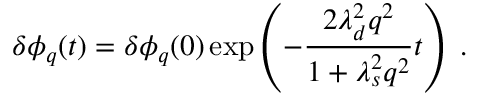
\delta \phi _ { q } ( t ) = \delta \phi _ { q } ( 0 ) \exp \left( - \frac { 2 \lambda _ { d } ^ { 2 } q ^ { 2 } } { 1 + \lambda _ { s } ^ { 2 } q ^ { 2 } } t \right) \; .